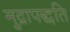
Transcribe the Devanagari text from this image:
मुद्रापद्धति